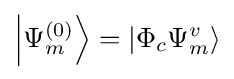
\left|\Psi _{m}^{(0)}\right\rangle =\left|\Phi _{c}\Psi _{m}^{v}\right\rangle